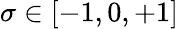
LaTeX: \sigma\in\left[-1,0,+1\right]